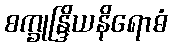
စက္ခုန္ဒြိယနိရောဓံ